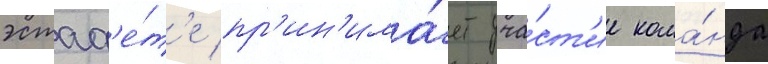
эстаф'е́т'е пр'ин'има́ет уча́ст'ие кома́нда